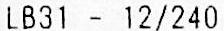
LB31 - 12/240